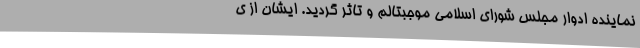
نماینده ادوار مجلس شورای اسلامی موجبتالم و تاثر گردید. ایشان از ی